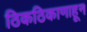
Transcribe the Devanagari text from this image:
ठिकठिकाणाहून